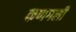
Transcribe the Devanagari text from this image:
कणगली